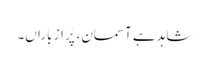
شاہد ہے آسمان، پُر از باراں۔